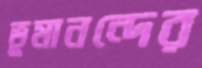
ভূমানন্দের